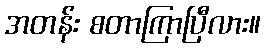
အတန်း စတာကြာပြီလား။